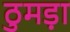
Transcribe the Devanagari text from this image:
ठुमड़ा